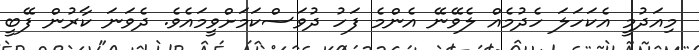
މިއަދުމީ އެކަހަލަ ހެދުމެއް ލެވޭނޭ އެންމެ ފަހު ދުވަސްކަމަށްވީމައެވެ. ދެވަނަ ކާރުން ފޭބީ